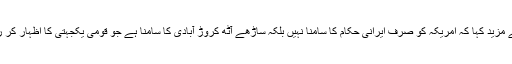
انہوں نے مزید کہا کہ امریکہ کو صرف ایرانی حکام کا سامنا نہیں بلکہ ساڑھے آٹھ کروڑ آبادی کا سامنا ہے جو قومی یکجہتی کا اظہار کر رہی ہے۔